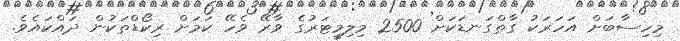
މިހިސާބަށް އަހަރަކު ގާތްގަނޑަކަށް 2500 މިލިމީޓަރުގެ ވާރޭ ވެހޭ ކަމަށް ރިކޯޑްތަކުން ދައްކައެވެ.